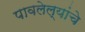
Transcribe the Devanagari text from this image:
पावलेल्यांचे